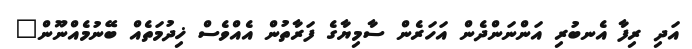
އަދި ރިފާ އެނބުރި އަންނަންދެން އަހަރެން ސާމިޔާގެ ފަރާތުން އެއްވެސް ޚިދުމަތެއް ބޭނުމެއްނޫން"